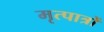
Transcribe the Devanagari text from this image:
मृत्पात्रों